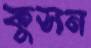
কুসন